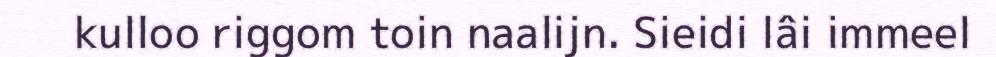
kulloo riggom toin naalijn. Sieidi lâi immeel